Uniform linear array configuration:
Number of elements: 12
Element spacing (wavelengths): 0.25
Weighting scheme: kaiser
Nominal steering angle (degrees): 30
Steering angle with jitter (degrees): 28.627
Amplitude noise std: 0.05
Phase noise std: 0.05

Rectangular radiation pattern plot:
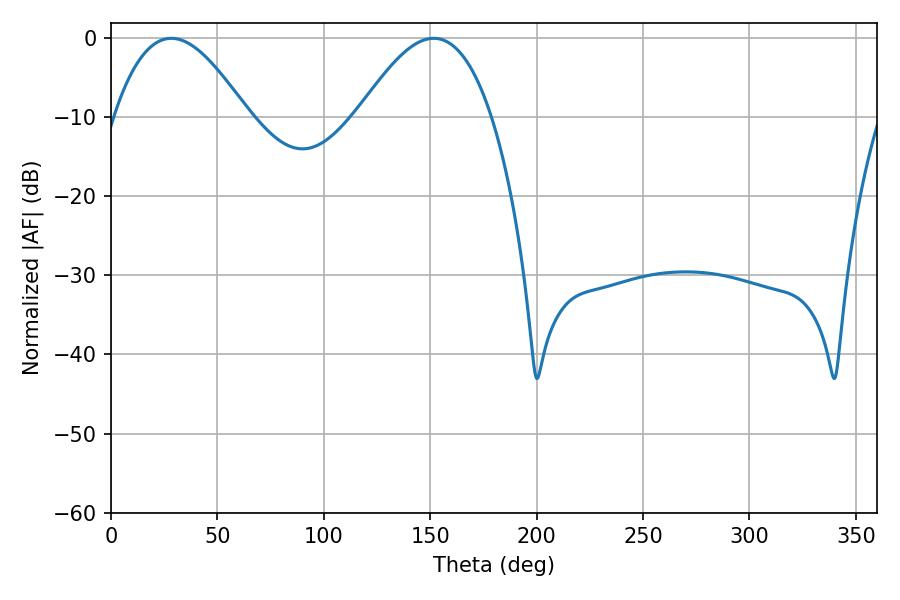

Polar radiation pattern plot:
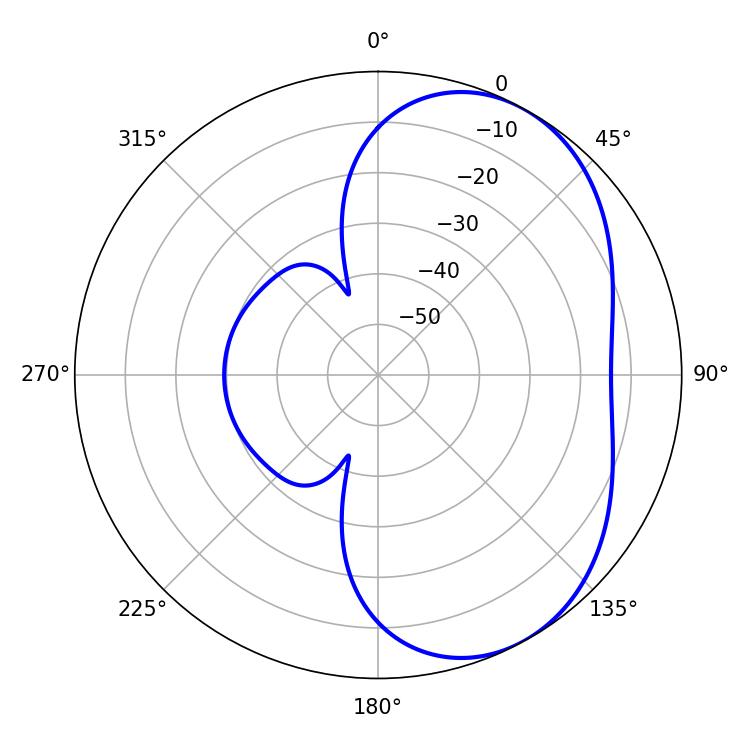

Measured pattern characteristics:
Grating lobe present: FALSE
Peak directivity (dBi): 4.703
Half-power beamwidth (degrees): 34.02
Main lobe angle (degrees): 28.44